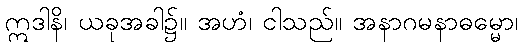
ဣဒါနိ၊ ယခုအခါ၌။ အဟံ၊ ငါသည်။ အနာဂမနာဓမ္မော၊